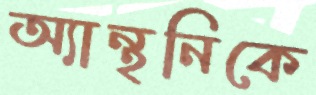
অ্যান্থনিকে